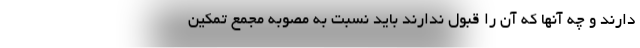
دارند و چه آنها که آن را قبول ندارند باید نسبت به مصوبه مجمع تمکین